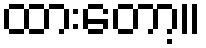
ထားတော့။